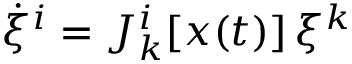
\dot { \xi } ^ { i } = { \cal J } _ { k } ^ { i } [ x ( t ) ] \, \xi ^ { k }